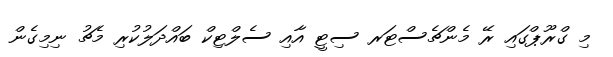
މި ގްރޫޕްގައި ރޭ މެންޗެސްޓަރ ސިޓީ އާއި ސެލްޓިކް ބައްދަލުކުރި މެޗު ނިމިގެން